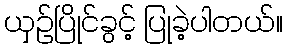
ယှဉ်ပြိုင်ခွင့် ပြုခဲ့ပါတယ်။